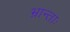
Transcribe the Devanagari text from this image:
भ्रान्ताः